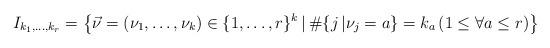
LaTeX: \begin{align*}I_{k_{1}, \ldots , k_{r}}=\left\{ \vec{\nu}=(\nu_{1}, \ldots , \nu_{k}) \in \{1, \ldots , r\}^{k} \, | \, \#\{j \, | \nu_{j}=a\}=k_{a} \, (1\le \forall{a} \le r)\right\} \end{align*}